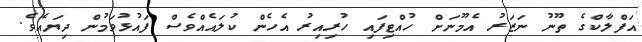
އަފްލާކްގެ ތޫނު ނަޒަރު އެމޫނަށް ހުއްޓިފައި ހުރިއިރު އެހެން ކުލައެއްވެސް ފައުޅުވަމުން ދިޔައެވެ.